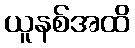
ယူနစ်အထိ